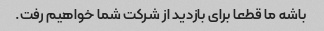
باشه ما قطعا برای بازدید از شرکت شما خواهیم رفت.